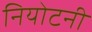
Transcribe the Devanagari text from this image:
नियोटनी